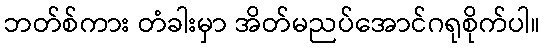
ဘတ်စ်ကား တံခါးမှာ အိတ်မညပ်အောင်ဂရုစိုက်ပါ။